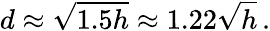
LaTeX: d\approx{\sqrt{1.5h}}\approx 1.22{\sqrt{h}}\, .